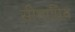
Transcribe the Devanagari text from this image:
सीताप्रिय